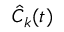
\hat { C } _ { k } ( t )